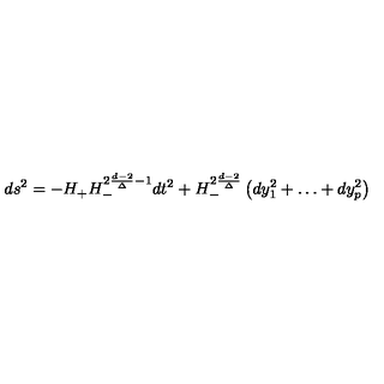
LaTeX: d s ^ { 2 } = - H _ { + } H _ { - } ^ { 2 { \frac { d - 2 } { \Delta } } - 1 } d t ^ { 2 } + H _ { - } ^ { 2 { \frac { d - 2 } { \Delta } } } \left( d y _ { 1 } ^ { 2 } + \dots + d y _ { p } ^ { 2 } \right) \qquad \qquad \qquad \qquad